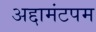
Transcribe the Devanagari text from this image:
अद्दामंटपम